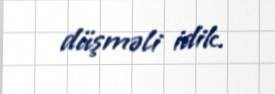
düşməli idik.